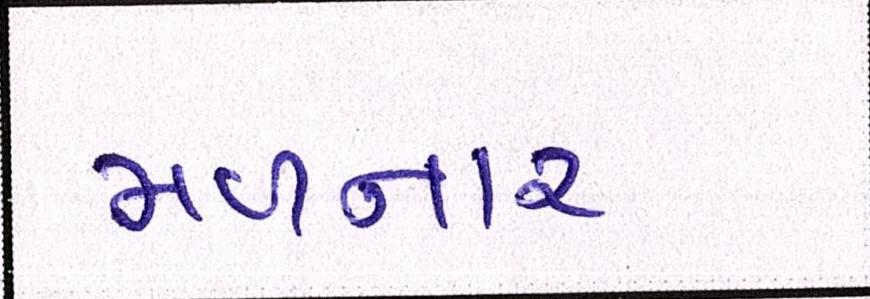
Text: મળનાર